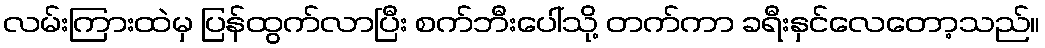
လမ်းကြားထဲမှ ပြန်ထွက်လာပြီး စက်ဘီးပေါ်သို့ တက်ကာ ခရီးနှင်လေတော့သည်။